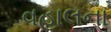
વહાલના